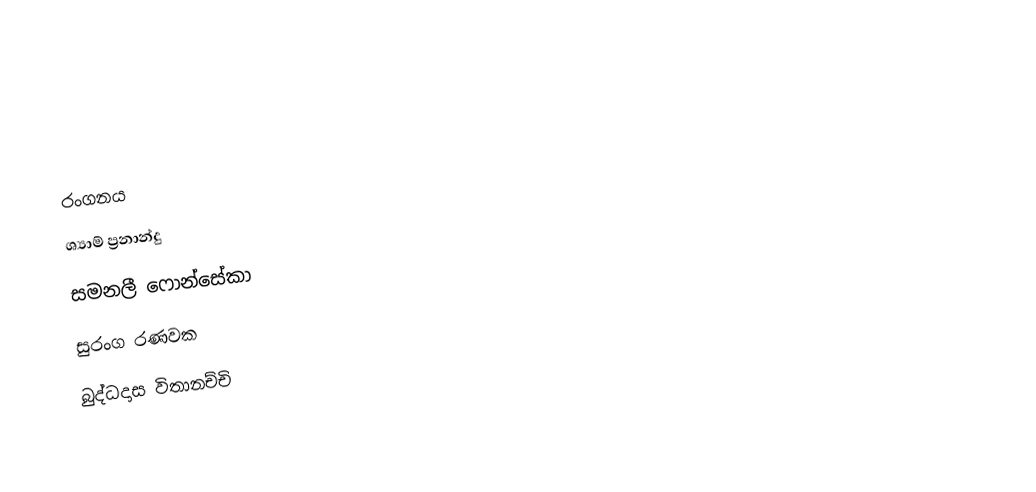

රංගනය
ශ්‍යාම් ප්‍රනාන්දු
සමනලී ෆොන්සේකා
සුරංග රණවක
බුද්ධදාස විතානච්චි